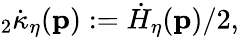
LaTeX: {}_{2}\dot{\kappa}_{\eta}(\mathbf{p}):=\dot{H}_{\eta}(\mathbf{p})/2,